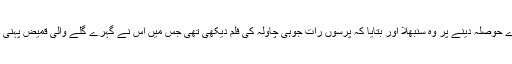
میرے حوصلہ دینے پر وہ سنبھلا اور بتایا کہ پرسوں رات جوہی چاولہ کی فلم دیکھی تھی جس میں اس نے گہرے گلے والی قمیض پہنی تھی۔